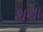
થના